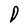
Character: D